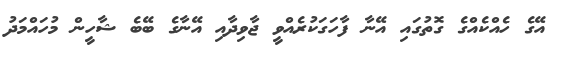
އޭގެ ހެއްކެއްގެ ގޮތުގައި އޭނާ ފާހަގަކުރެއްވީ ޖާވިދާއި އޭނާގެ ބޭބެ ޝާހީން މުހައްމަދު